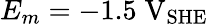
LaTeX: E_{m}=-1.5\; \mathrm{V}_{\mathrm{SHE}}